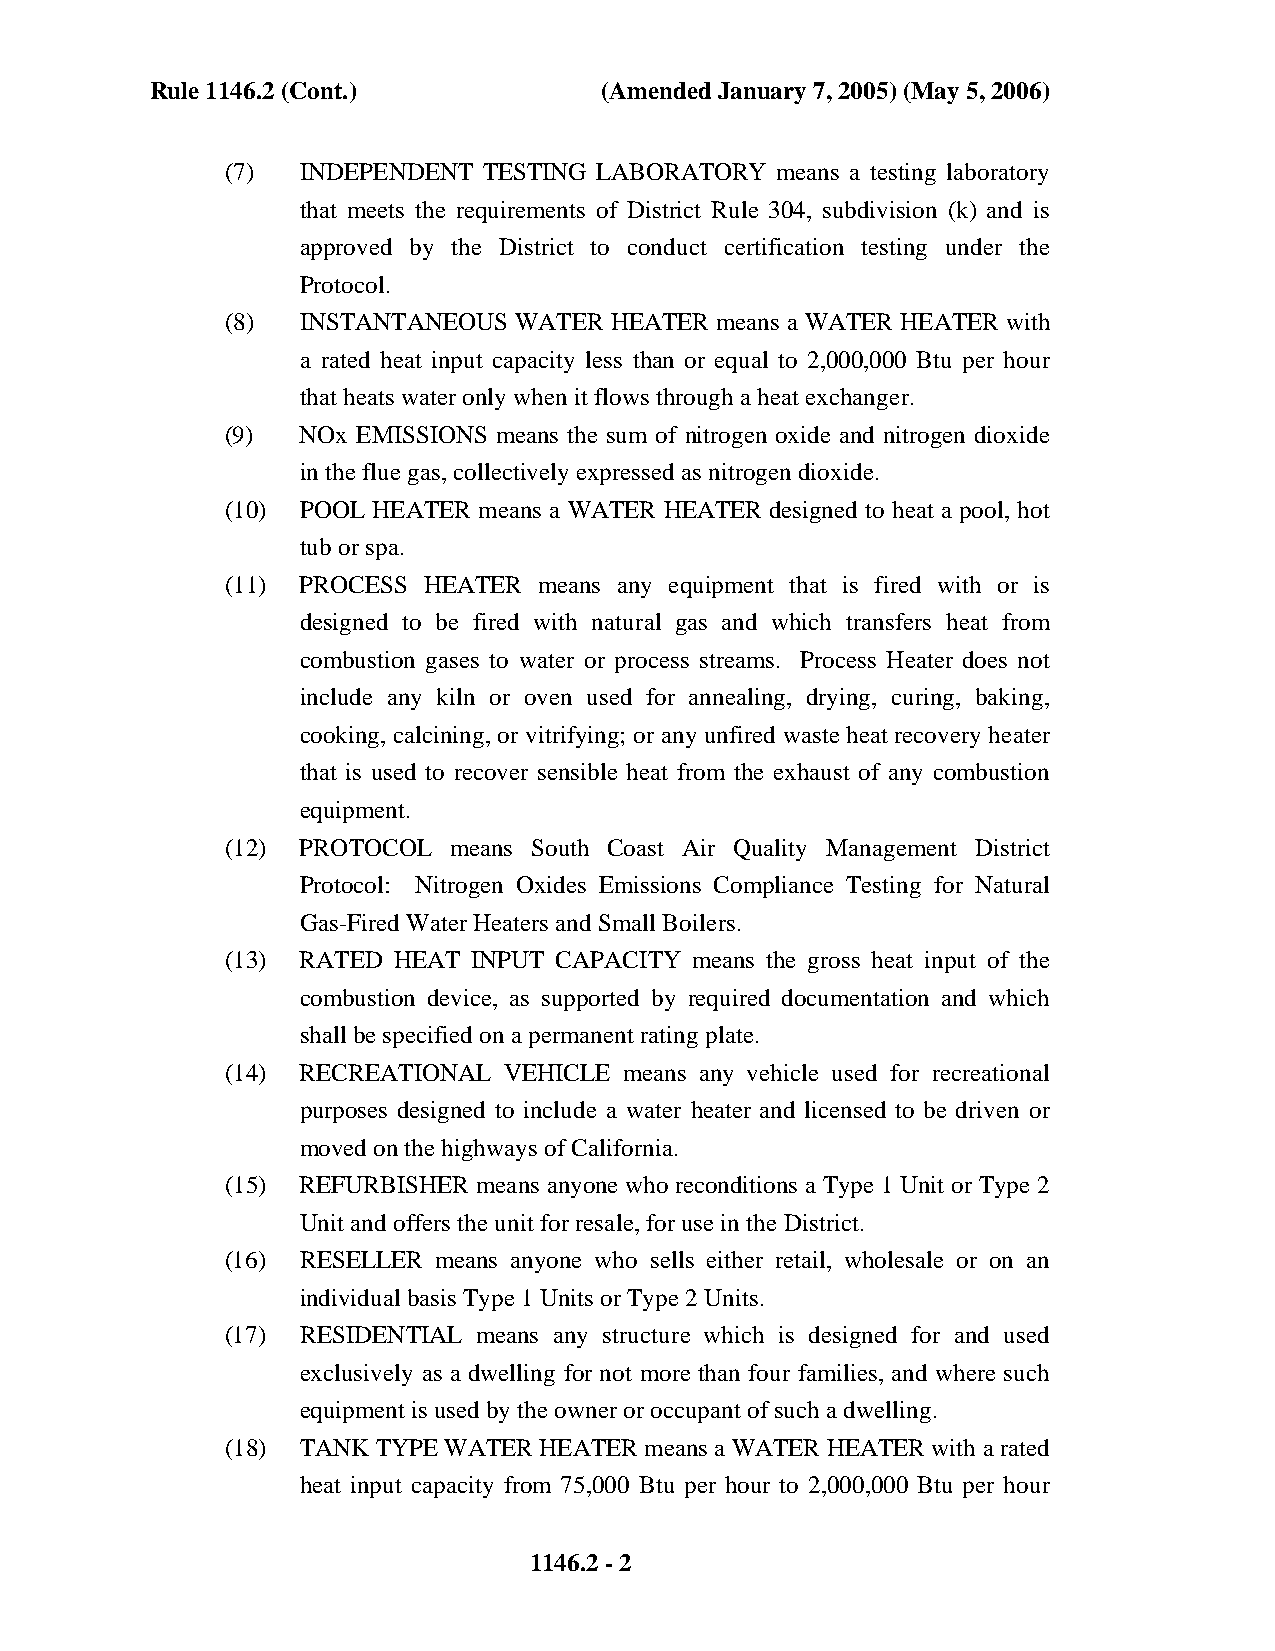
Rule 1146.2 (Cont.)           (Amended January 7, 2005) (May 5, 2006)
 (7)  INDEPENDENT TESTING LABORATORY means a testing laboratory
 that meets the requirements of District Rule 304, subdivision (k) and is
 approved by the District to conduct certification testing under the
 Protocol.
 (8)  INSTANTANEOUS WATER HEATER means a WATER HEATER with
 a rated heat input capacity less than or equal to 2,000,000 Btu per hour
 that heats water only when it flows through a heat exchanger.
 (9)  NOx EMISSIONS means the sum of nitrogen oxide and nitrogen dioxide
 in the flue gas, collectively expressed as nitrogen dioxide.
 (10) POOL HEATER means a WATER HEATER designed to heat a pool, hot
 tub or spa.
 (11) PROCESS HEATER  means any equipment that is fired with or is
 designed to be fired with natural gas and which transfers heat from
 combustion gases to water or process streams. Process Heater does not
 include any kiln or oven used for annealing, drying, curing, baking,
 cooking, calcining, or vitrifying; or any unfired waste heat recovery heater
 that is used to recover sensible heat from the exhaust of any combustion
 equipment.
 (12) PROTOCOL  means South Coast Air Quality Management District
 Protocol: Nitrogen Oxides Emissions Compliance Testing for Natural
 Gas-Fired Water Heaters and Small Boilers.
 (13) RATED HEAT INPUT CAPACITY means the gross heat input of the
 combustion device, as supported by required documentation and which
 shall be specified on a permanent rating plate.
 (14) RECREATIONAL VEHICLE means any vehicle used for recreational
 purposes designed to include a water heater and licensed to be driven or
 moved on the highways of California.
 (15) REFURBISHER means anyone who reconditions a Type 1 Unit or Type 2
 Unit and offers the unit for resale, for use in the District.
 (16) RESELLER means anyone who sells either retail, wholesale or on an
 individual basis Type 1 Units or Type 2 Units.
 (17) RESIDENTIAL means any structure which is designed for and used
 exclusively as a dwelling for not more than four families, and where such
 equipment is used by the owner or occupant of such a dwelling.
 (18) TANK TYPE WATER HEATER means a WATER HEATER with a rated
 heat input capacity from 75,000 Btu per hour to 2,000,000 Btu per hour
 1146.2 - 2